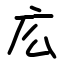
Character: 庅